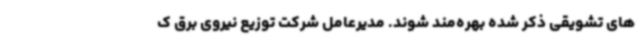
های تشویقی ذکر شده بهره‌مند شوند. مدیرعامل شرکت توزیع نیروی برق ک